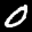
Label: 0